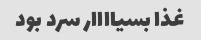
غذا بسیاااار سرد بود